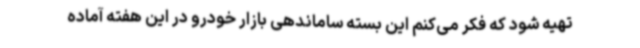
تهیه شود که فکر می‌کنم این بسته ساماندهی بازار خودرو در این هفته آماده